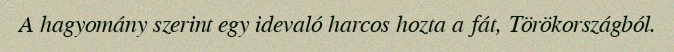
A hagyomány szerint egy idevaló harcos hozta a fát, Törökországból.